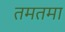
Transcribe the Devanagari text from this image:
तमतमा